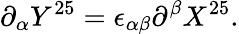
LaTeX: \partial_{\alpha}Y^{25}=\epsilon_{\alpha\beta}\partial^{\beta}X^{25}.